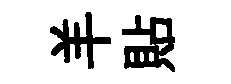
羊貼